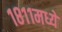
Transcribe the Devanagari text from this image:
१८११मध्ये